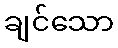
ချင်သော